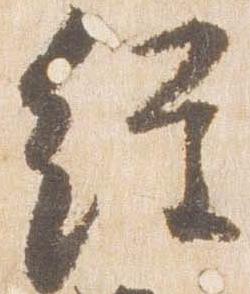
経